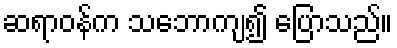
ဆရာဝန်က သဘောကျ၍ ပြောသည်။